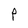
Character: P